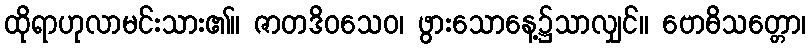
ထိုရာဟုလာမင်းသား၏။ ဇာတဒိဝသေဝ၊ ဖွားသောနေ့၌သာလျှင်။ ဗောဓိသတ္တော၊